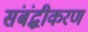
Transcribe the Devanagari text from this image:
संबंद्धीकरण